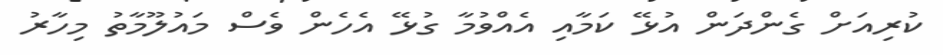
ކުރިއަށް ގެންދަން އުޅޭ ކަމާއި އެއްވުމާ ގުޅޭ އެހެން ވެސް މައުލޫމާތު މިހާރު